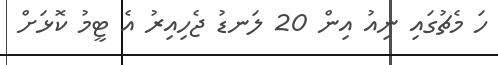
ހަ މެޗުގައި ނިއު އިން 20 ލަނޑު ޖެހިއިރު އެ ޓީމު ކޮޅަށް